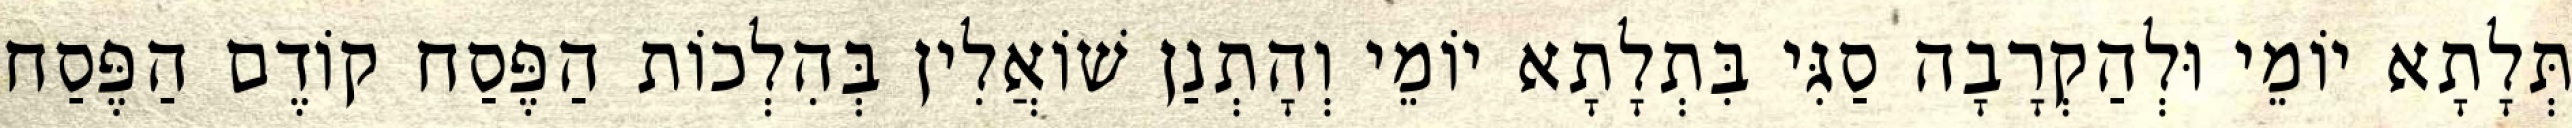
תְּלָתָא יוֹמֵי וּלְהַקְרָבָה סַגִּי בִּתְלָתָא יוֹמֵי וְהָתְנַן שׁוֹאֲלִין בְּהִלְכוֹת הַפֶּסַח קוֹדֶם הַפֶּסַח